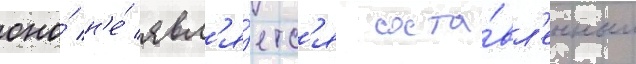
оно́ н'е́ явл'я́етс'я соста́вл'енным